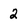
Character: 2